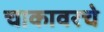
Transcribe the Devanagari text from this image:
चाकावरचे